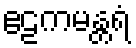
ဧဠကမန္တရံ